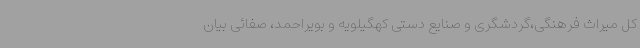
کل میراث فرهنگی،گردشگری و صنایع دستی کهگیلویه و بویراحمد، صفائی بیان